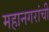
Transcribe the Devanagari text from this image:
महानगरांची